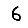
Digit: 6